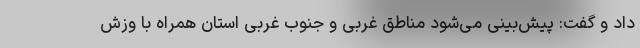
داد و گفت: پیش‌بینی می‌شود مناطق غربی و جنوب غربی استان همراه با وزش